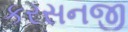
કરસનજી